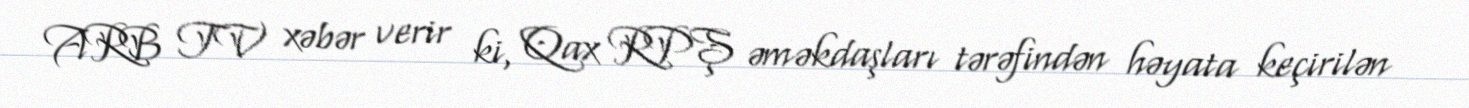
ARB TV xəbər verir ki, Qax RPŞ əməkdaşları tərəfindən həyata keçirilən